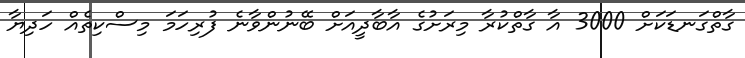
ގާތްގަނޑަކަށް 3000 އާ ގާތްކުރާ މިރަށުގެ އާބާދީއަށް ބޭނުންވާނެ ފުރިހަމަ މިސްކިތެއް ހަދިޔާ